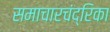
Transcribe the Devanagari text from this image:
समाचारचंद्रिका